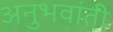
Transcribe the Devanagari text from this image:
अनुभवांती